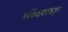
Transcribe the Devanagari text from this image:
प्रशिक्षकाकडून